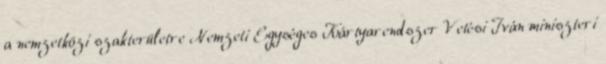
a nemzetközi szakterületre Nemzeti Egységes Kártyarendszer Vetési Iván miniszteri